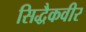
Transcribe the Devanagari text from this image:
सिद्धैकवीर